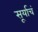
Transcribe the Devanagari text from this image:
सूर्याचं